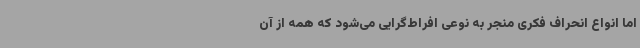
اما انواع انحراف فکری منجر به نوعی افراط‌گرایی می‌شود که همه از آن